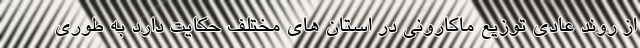
از روند عادی توزیع ماکارونی در استان های مختلف حکایت دارد به طوری